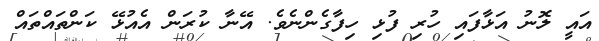
އައީ ލޮނު އަޅާފައި ހުރި ފުޅި ހިފާގެންނެވެ. އޭނާ ކުރަން އެއުޅޭ ކަންތައްތައް